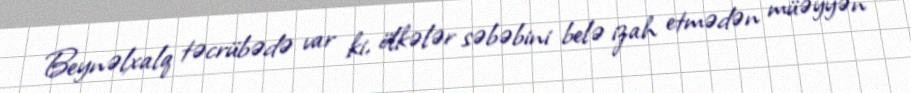
Beynəlxalq təcrübədə var ki, ölkələr səbəbini belə izah etmədən müəyyən